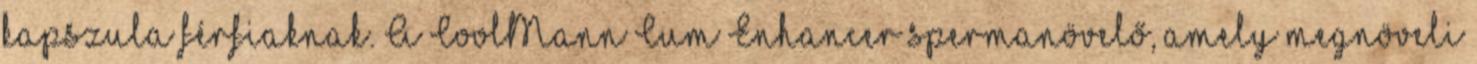
kapszula férfiaknak. A CoolMann Cum Enhancer spermanövelő, amely megnöveli